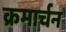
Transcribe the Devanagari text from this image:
क्रमार्चन